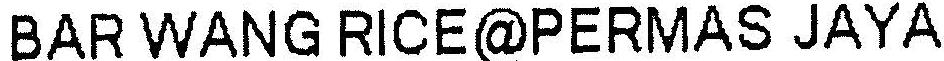
BAR WANG RICE@PERMAS JAYA